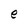
Character: e